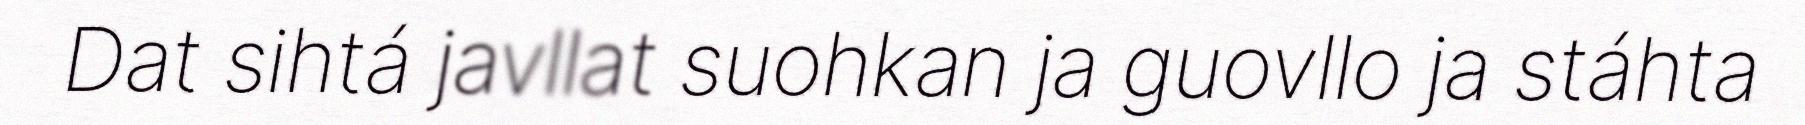
Dat sihtá javllat suohkan ja guovllo ja stáhta